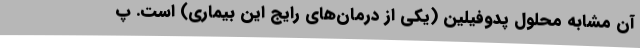
آن مشابه محلول پدوفیلین (یکی از درمان‌های رایج این بیماری) است. پ